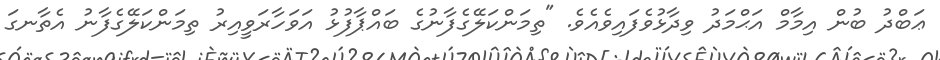
ޢަބްދު ބުން އިމާމް އަޙްމަދު ވިދާޅުވެފައިވެއެވެ. "ތިމަންކަލޭގެފާނުގެ ބައްޕާފުޅު އަވަހާރަވީއިރު ތިމަންކަލޭގެފާނު އެތާނގަ